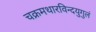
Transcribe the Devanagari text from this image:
चक्रमथारविन्दयुगुलं